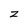
Character: z